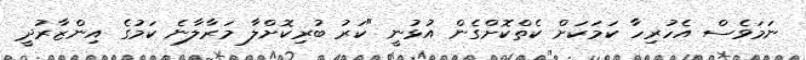
ނަމަވެސް އެހުރިހާ ކަމަކަށް ކެތްކޮށްގެން އުޅުނީ "ކަރު ބުރިކޮށްލާ މަރާލާނެ ކަމުގެ އިންޒާރުދީ